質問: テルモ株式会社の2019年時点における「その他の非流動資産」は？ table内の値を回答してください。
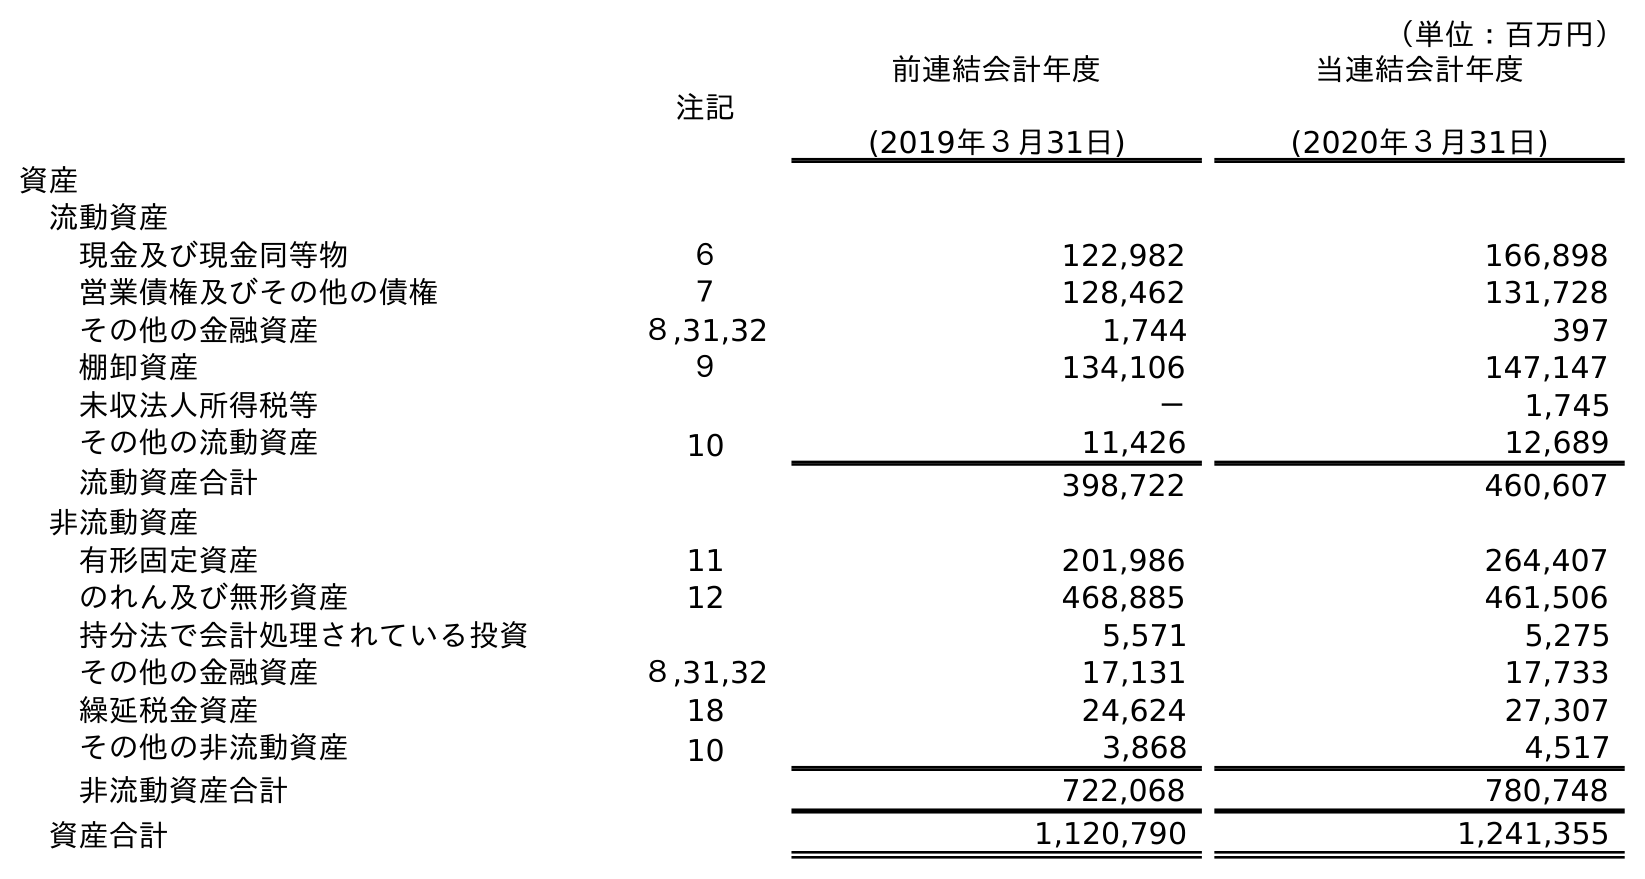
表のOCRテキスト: （単位：百万円） 注記 前連結会計年度 (2019年３月31日) 当連結会計年度 (2020年３月31日) 資産 流動資産 現金及び現金同等物 ６ 122,982 166,898 営業債権及びその他の債権 ７ 128,462 131,728 その他の金融資産 ８,31,32 1,744 397 棚卸資産 ９ 134,106 147,147 未収法人所得税等 － 1,745 その他の流動資産 10 11,426 12,689 流動資産合計 398,722 460,607 非流動資産 有形固定資産 11 201,986 264,407 のれん及び無形資産 12 468,885 461,506 持分法で会計処理されている投資 5,571 5,275 その他の金融資産 ８,31,32 17,131 17,733 繰延税金資産 18 24,624 27,307 その他の非流動資産 10 3,868 4,517 非流動資産合計 722,068 780,748 資産合計 1,120,790 1,241,355
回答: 3,868